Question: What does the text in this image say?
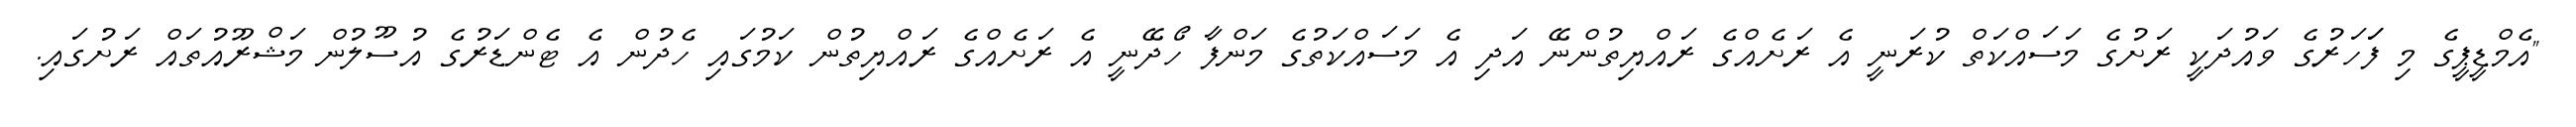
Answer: "އެމްޑީޕީގެ މި ފަަހަރުގެ ވައުދަކީ ރަށުގެ މަސައްކަތް ކުރަނީ އެ ރަށެއްގެ ރައްޔިތުންނޭ އަދި އެ މަސައްކަތުގެ މަންފާ ހޯދޭނީ އެ ރަށެއްގެ ރައްޔިތުން ކަމުގައި ހެދުން އެ ޓެންޑަރުގެ އުސޫލުން މަޝްރޫއުތައް ރަށުގައި.